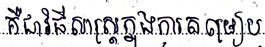
គឺជាវិធីសាស្ត្រក្នុងការតម្រៀប